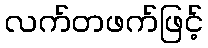
လက်တဖက်ဖြင့်